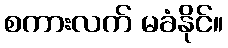
စကားလက် မခံနိုင်။